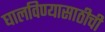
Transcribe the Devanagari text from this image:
घालविण्यासाठीची